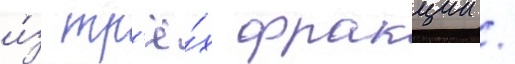
и́з тр'ё́х фракции /